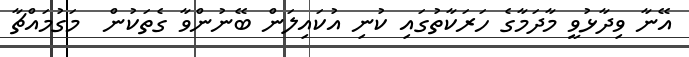
އޭނާ ވިދާޅުވީ މާދަމާގެ ހަރަކާތުގައި ކުނި އުކައިލަން ބޭނުންވާ ގެތަކުން  މަގުމައްޗާ